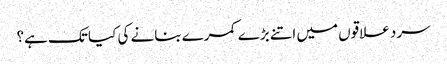
سرد علاقوں میں اتنے بڑے کمرے بنانے کی کیا تک ہے؟